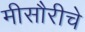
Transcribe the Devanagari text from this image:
मीसौरीचे